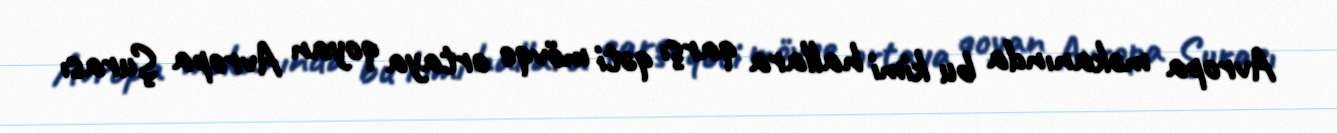
Avropa məkanında bu kimi hallara qarşı qəti mövqe ortaya qoyan Avropa Şurası